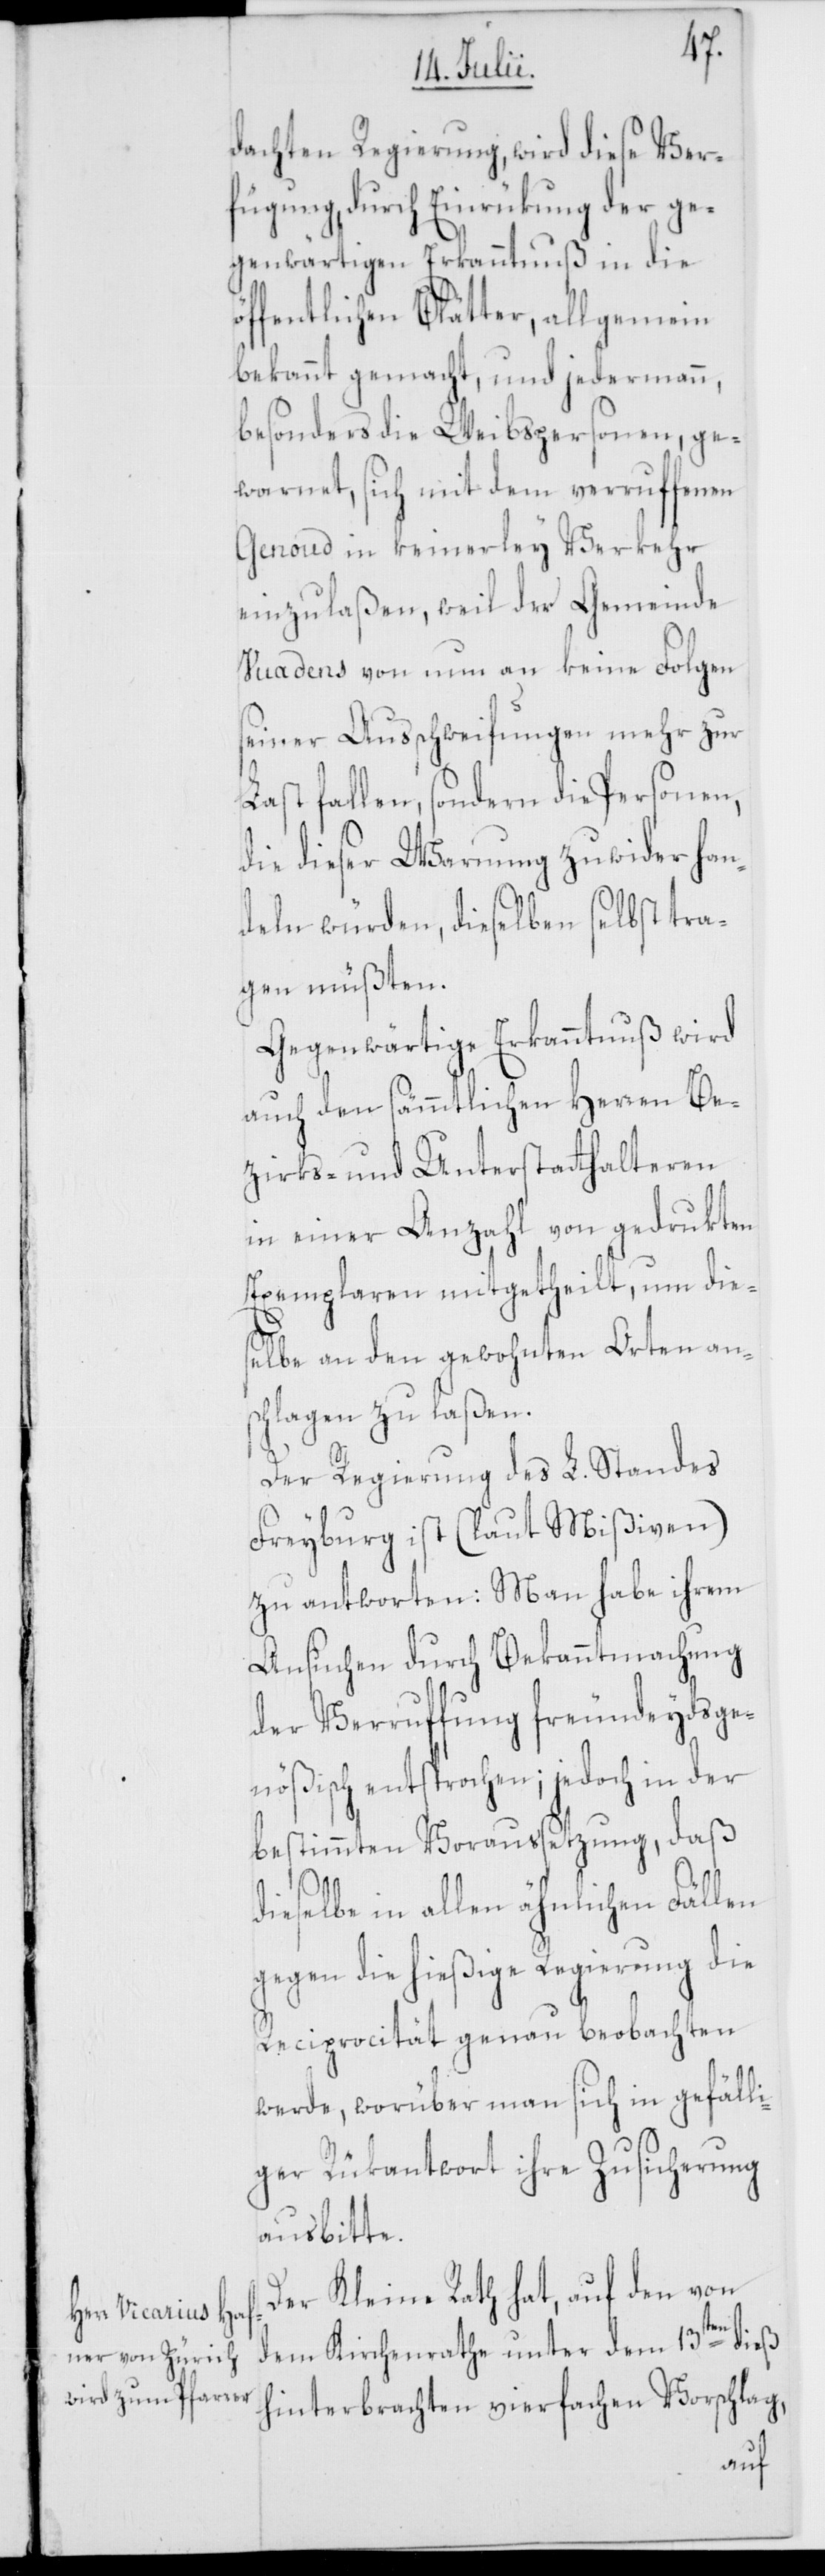
dachten Regierung, wird diese Ver¬
fügung, durch Einrükung der ge¬
genwärtigen Erkanntnuß in die
öffentlichen Blätter, allgemein
bekannt gemacht, und jedermann,
besonders die Weibspersonen, ge¬
warnet, sich mit dem verruffenen
Genoud in keinerley Verkehr
einzulaßen, weil der Gemeinde
Vuadens von nun an keine Folgen
seiner Ausschweifungen mehr zur
Last fallen, sondern die Personen,
die dieser Warnung zuwider han¬
deln würden, dieselben selbst tra¬
gen müßten.
Gegenwärtige Erkanntnuß wird
auch den sämmtlichen Herren Be¬
zirks- und Unterstatthalteren
in einer Anzahl von gedrukten
Exemplaren mitgetheilt, um die¬
selbe an den gewohnten Orten an¬
schlagen zu laßen.
Der Regierung des L. Standes
Freyburg ist (laut Mißiven)
zu antworten: Man habe ihrem
Ansuchen durch Bekanntmachung
der Verruffung freundeydsge¬
nößisch entsprochen; jedoch in der
bestimmten Voraussetzung, daß
dieselbe in allen ähnlichen Fällen
gegen die hießige Regierung die
Reciprocität genau beobachten
werde, worüber man sich in gefälli¬
ger Rükantwort ihre Zusicherung
ausbitte.
Der Kleine Rath hat, auf den von
dem Kirchenrathe unter dem 13ten dieß
hinterbrachten vierfachen Vorschlag,